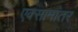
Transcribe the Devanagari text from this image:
एक्सामांतर